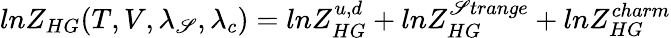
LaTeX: lnZ_{HG}(T,V,\lambda_{\mathscr{S}},\lambda_{c})=lnZ_{HG}^{u,d}+lnZ_{HG}^{\mathscr{S}trange}+lnZ_{HG}^{charm}